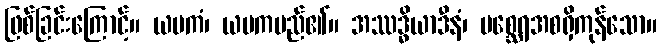
ဖြစ်ခြင်းကြောင့်။ ယမကံ၊ ယမကမည်၏။ အဿဒ္ဓိယာဒီနံ၊ မစ္ဆေရအစရှိကုန်သော။